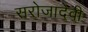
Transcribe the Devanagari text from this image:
सरोजादेवी